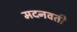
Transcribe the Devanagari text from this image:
मदनवती